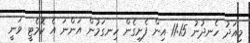
މިއަދު ހެނދުނު 11:15 އިން ފެށިގެން ހިނގަމުން އަންނަ އެ ކޮމެޓީ ވަނީ